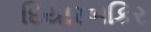
દિયારબકિર